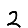
Digit: 2